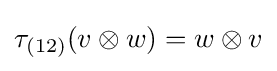
\tau _{(12)}(v\otimes w)=w\otimes v